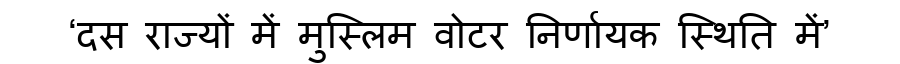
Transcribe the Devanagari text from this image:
‘दस राज्यों में मुस्लिम वोटर निर्णायक स्थिति में’